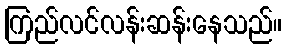
ကြည်လင်လန်းဆန်းနေသည်။